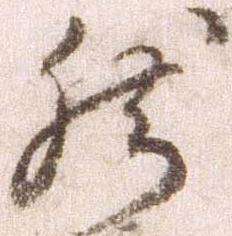
然